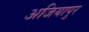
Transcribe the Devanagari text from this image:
अजियापुर